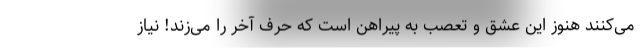
می‌کنند هنوز این عشق و تعصب به پیراهن است که حرف آخر را می‌زند! نیاز